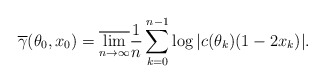
\begin{align*}\overline{\gamma}(\theta_0, x_0) = \overline{\lim \limits_{n \to \infty}} \frac1n \sum \limits_{k = 0}^{n-1} \log |c(\theta_k)(1-2x_k)|.\end{align*}